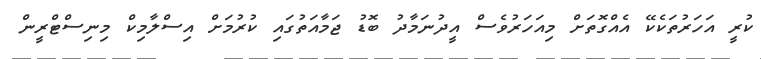
ކުރީ އަހަރުތަކެކޭ އެއްގޮތަށް މިއަހަރުވެސް އީދުނަމާދު ބޮޑު ޖަމާއަތުގައި ކުރުމަށް އިސްލާމިކް މިނިސްޓްރީން